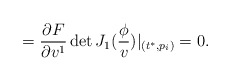
\begin{align*}=\frac{\partial F}{\partial v^1}\det J_1(\frac \phi v)|_{(t^{*},p_i)}=0.\end{align*}